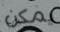
يمكن